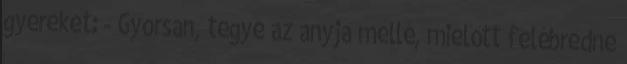
gyereket: - Gyorsan, tegye az anyja mellé, mielőtt felébredne